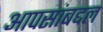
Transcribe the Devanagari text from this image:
आपसांबद्दल